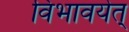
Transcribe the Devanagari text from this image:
विभावयेत्